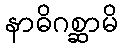
နာဓိဂစ္ဆာမိ